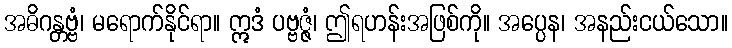
အဓိဂန္တဗ္ဗံ၊ မရောက်နိုင်ရာ။ ဣဒံ ပဗ္ဗဇ္ဇံ၊ ဤရဟန်းအဖြစ်ကို။ အပ္ပေန၊ အနည်းငယ်သော။